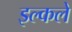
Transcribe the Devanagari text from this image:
इल्कले